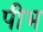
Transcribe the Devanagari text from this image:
पीभ